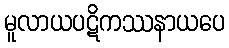
မူလာယပဋိကဿနာယပေ